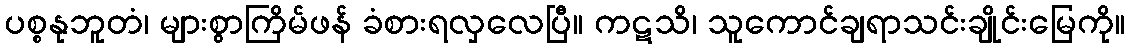
ပစ္စနုဘူတံ၊ များစွာကြိမ်ဖန် ခံစားရလှလေပြီ။ ကဋသိ၊ သူကောင်ချရာသင်းချိုင်းမြေကို။